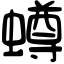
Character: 𧒆